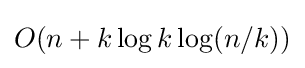
O(n+k\log k\log(n/k))